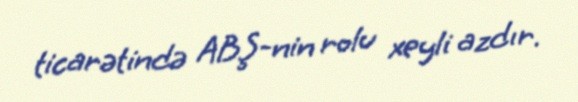
ticarətində ABŞ-nin rolu xeyli azdır.